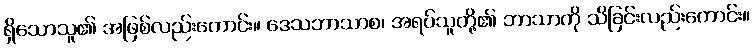
ရှိသောသူ၏ အဖြစ်လည်းကောင်း။ ဒေသဘာသာစ၊ အရပ်သူတို့၏ ဘာသာကို သိခြင်းလည်းကောင်း။